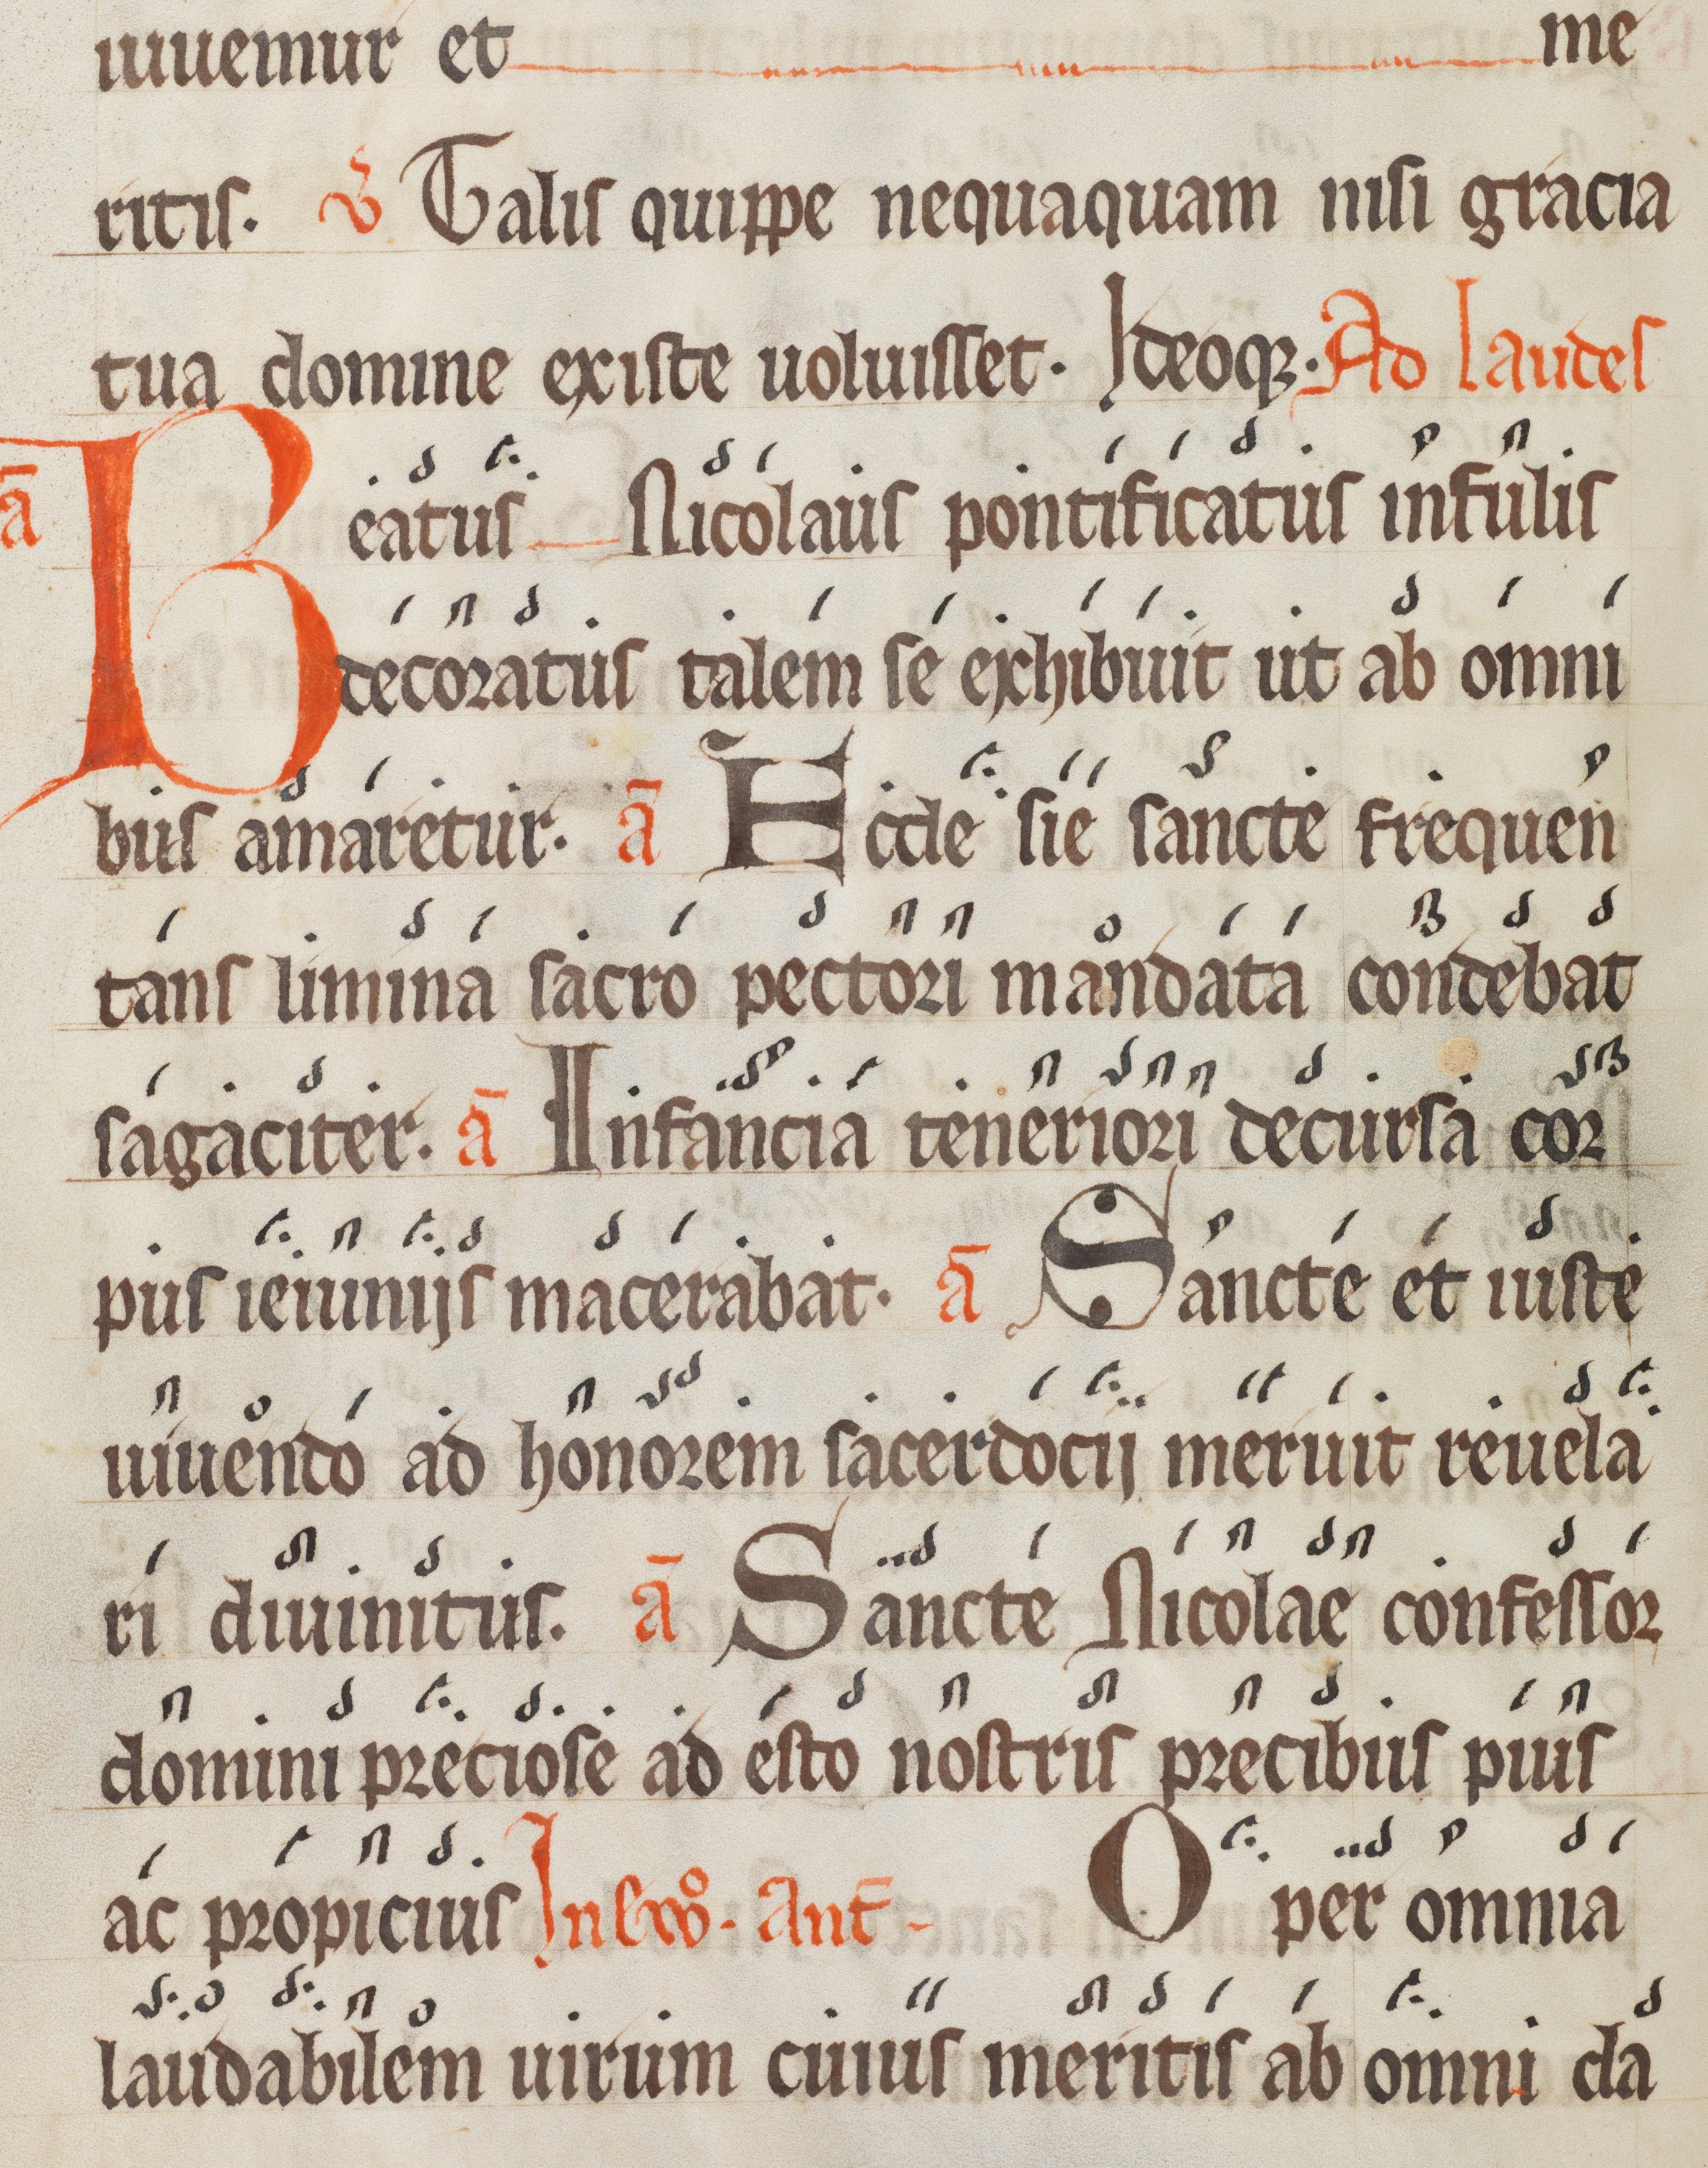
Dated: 1300–1399